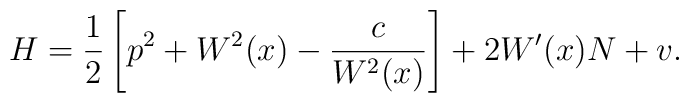
H=\frac 12\left[p^2+W^2(x) -\frac{c}{W^2(x)}\right]+2W'(x)N+v.